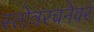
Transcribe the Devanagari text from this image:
स्तोत्ररचनेवर